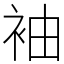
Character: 袖